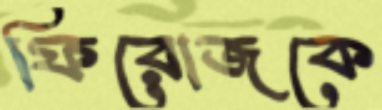
ফিরোজকে